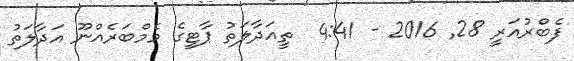
ފެބްރުއަރީ 28